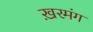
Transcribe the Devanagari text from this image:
ख़रमंग